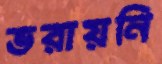
ভরায়নি